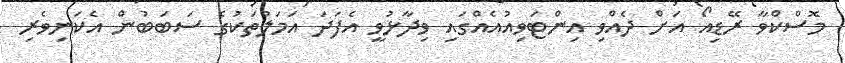
މޮސްކްވާ ރޭޑިއޯ އަށް ދެއްވި އިންޓަވިއުއެއްގައި ވިދާޅުވީ އެފަދަ އަމަލުތަކުގެ ސަބަބުން އެކަނިވެރި